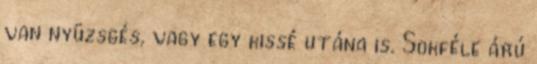
van nyüzsgés, vagy egy kissé utána is. Sokféle árú